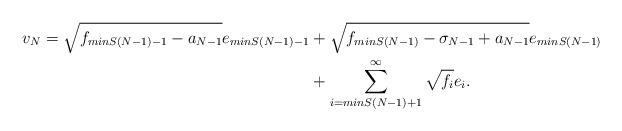
LaTeX: \begin{align*}\begin{aligned}v_N =\sqrt{f_{minS(N-1)-1}-a_{N-1}} e_{minS(N-1)-1} & + \sqrt{f_{minS(N-1)}-\sigma_{N-1}+a_{N-1}} e_{minS(N-1)}\\&+ \sum_{i=minS(N-1)+1}^{\infty}\sqrt{f_i} e_i.\end{aligned}\end{align*}